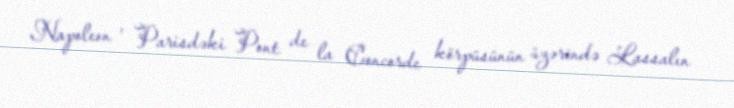
Napoleon , Parisdəki Pont de la Concorde körpüsünün üzərində Lassalın